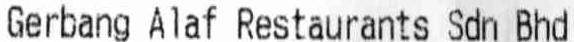
GERBANG ALAF RESTAURANTS SDN BHD